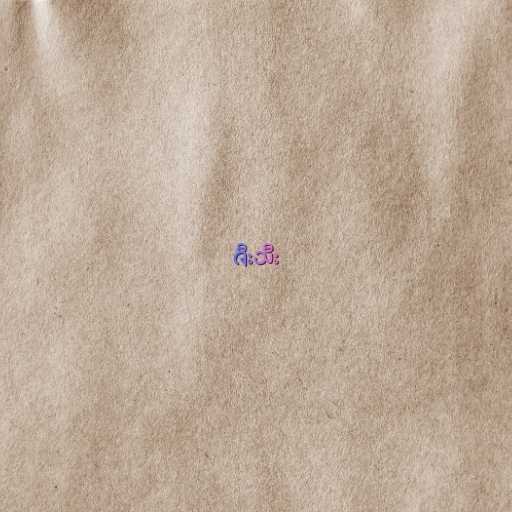
ဇီးသီး